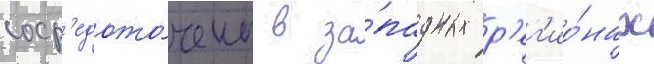
соср'едото́чены в за́падных р'ег'ио́нах